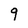
Character: q